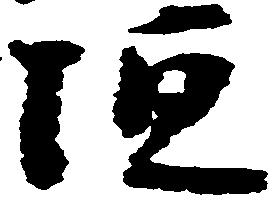
垣